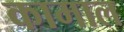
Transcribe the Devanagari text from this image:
कामाल